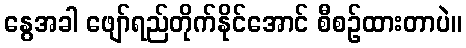
နွေအခါ ဖျော်ရည်တိုက်နိုင်အောင် စီစဉ်ထားတာပဲ။